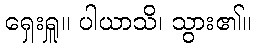
ရှေးရှူ။ ပါယာသိ၊ သွား၏။